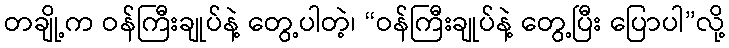
တချို့က ဝန်ကြီးချုပ်နဲ့ တွေ့ပါတဲ့၊ “ဝန်ကြီးချုပ်နဲ့ တွေ့ပြီး ပြောပါ”လို့